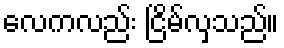
လေကလည်း ငြိမ်လှသည်။